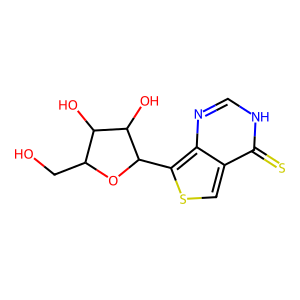
SMILES: OCC1OC(c2scc3c(=S)[nH]cnc23)C(O)C1O
Inhibits HIV replication: No